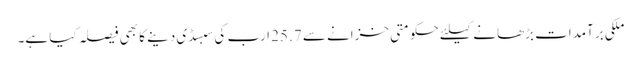
ملکی برآمدات بڑھانے کیلئے حکومتی خزانے سے 25.7 ارب کی سبسڈی دینے کا بھی فیصلہ کیا ہے۔